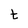
Character: t